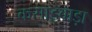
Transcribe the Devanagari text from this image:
कसाइबाड़ा